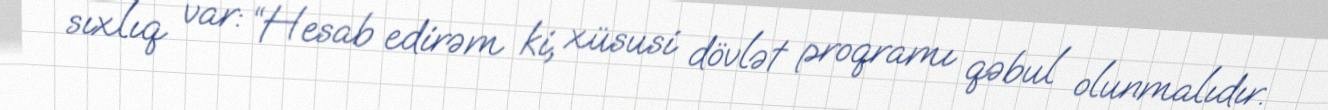
sıxlıq var: “Hesab edirəm ki, xüsusi dövlət proqramı qəbul olunmalıdır.